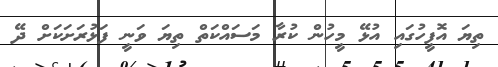
ތިޔަ އޮފީހުގައި އުޅޭ މީހުން ކުރާ މަސައްކަތް ތިޔަ ވަނީ ފަޅުރަށަކަށް ދޭ